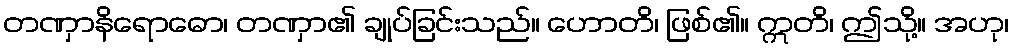
တဏှာနိရောဓော၊ တဏှာ၏ ချုပ်ခြင်းသည်။ ဟောတိ၊ ဖြစ်၏။ ဣတိ၊ ဤသို့။ အဟု၊